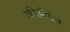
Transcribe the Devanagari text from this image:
एम्पिथियेटर